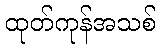
ထုတ်ကုန်အသစ်